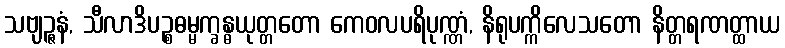
သဗျဉ္ဇနံ, သီလာဒိပဉ္စဓမ္မက္ခန္ဓယုတ္တတော ကေဝလပရိပုဏ္ဏံ, နိရုပက္ကိလေသတော နိတ္တရဏတ္ထာယ